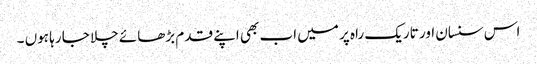
اس سنسان اور تاریک راہ پر میں اب بھی اپنے قدم بڑھائے چلا جا رہا ہوں ۔